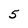
Character: 5